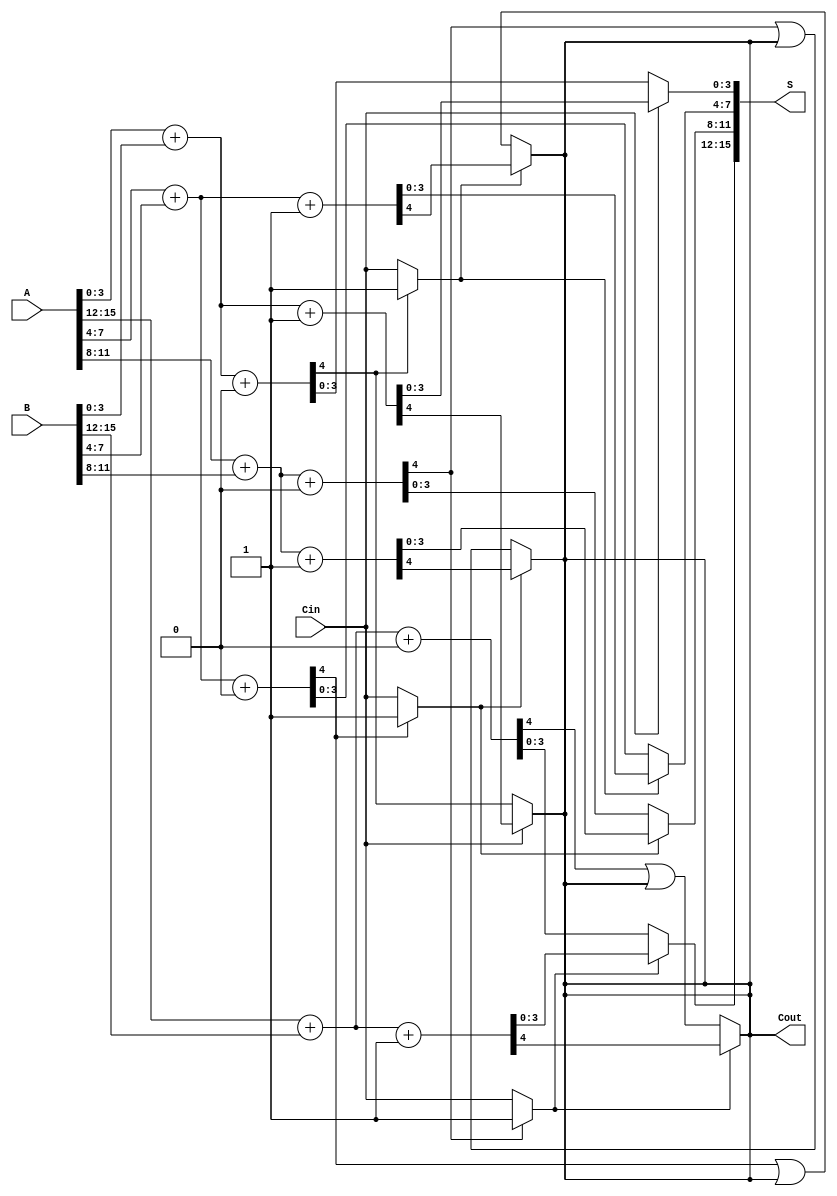
module CarrySelectAdder #(parameter N = 16) (
    input [N-1:0] A,
    input [N-1:0] B,
    input Cin,
    output [N-1:0] S,
    output Cout
);
    localparam SEGMENT_SIZE = 4;
    localparam NUM_SEGMENTS = N / SEGMENT_SIZE;

    wire [SEGMENT_SIZE-1:0] S0 [0:NUM_SEGMENTS-1];
    wire [SEGMENT_SIZE-1:0] S1 [0:NUM_SEGMENTS-1];
    wire C0 [0:NUM_SEGMENTS-1];
    wire C1 [0:NUM_SEGMENTS-1];
    wire carry_select [0:NUM_SEGMENTS-1];

    genvar i;
    generate
        for (i = 0; i < NUM_SEGMENTS; i = i + 1) begin : segment
            wire [SEGMENT_SIZE-1:0] A_segment = A[(i+1)*SEGMENT_SIZE-1:i*SEGMENT_SIZE];
            wire [SEGMENT_SIZE-1:0] B_segment = B[(i+1)*SEGMENT_SIZE-1:i*SEGMENT_SIZE];

            // Compute sums and carries for Cin = 0
            assign {C0[i], S0[i]} = A_segment + B_segment + 1'b0;

            // Compute sums and carries for Cin = 1
            assign {C1[i], S1[i]} = A_segment + B_segment + 1'b1;

            // Select carry based on previous carry
            if (i == 0) begin
                assign carry_select[i] = Cin;
            end else begin
                assign carry_select[i] = C0[i-1] ? 1'b1 : Cin;
            end
        end
    endgenerate

    // Final sum and carry output selection
    generate
        for (i = 0; i < NUM_SEGMENTS; i = i + 1) begin : final_selection
            assign S[(i+1)*SEGMENT_SIZE-1:i*SEGMENT_SIZE] = carry_select[i] ? S1[i] : S0[i];
            if (i == 0) begin
                assign Cout = carry_select[i] ? C1[i] : C0[i];
            end else begin
                assign Cout = carry_select[i] ? C1[i] : (C0[i] | Cout);
            end
        end
    endgenerate

endmodule